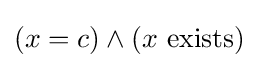
(x=c)\land (x{\text{ exists}})